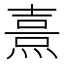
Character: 𱫱